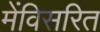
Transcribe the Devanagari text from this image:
मेंविसरित